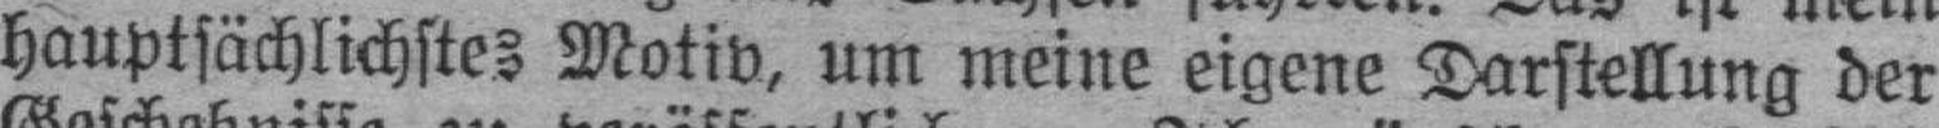
hauptsächlichstes Motiv, um meine eigene Darstellung der